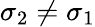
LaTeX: \sigma_{2}\neq\sigma_{1}